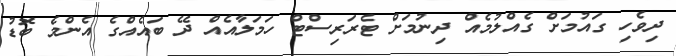
ދިވެހި ގައުމަށް ގެއްލުމެއް ދިނުމަށް ޓެރަރިސްޓް ހަމަލާއެއް ދޭ ބައެއްގެ އެންމެ ބޮޑު